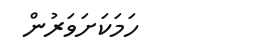
ހަމަކަށަވަރުން